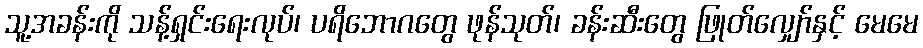
သူ့အခန်းကို သန့်ရှင်းရေးလုပ်၊ ပရိဘောဂတွေ ဖုန်သုတ်၊ ခန်းဆီးတွေ ဖြုတ်လျှော်နှင့် မေမေ